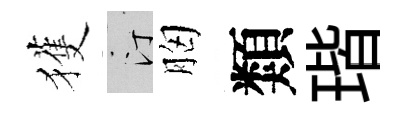
獲汀胸類瑎